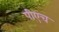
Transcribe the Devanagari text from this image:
पीएच